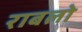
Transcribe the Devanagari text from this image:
राबलो